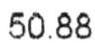
50.88